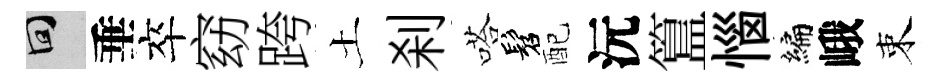
回垂卒窈跨土刹嗒髫配沅簋惱编峨束